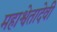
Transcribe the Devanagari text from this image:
महाश्वेतादेवी